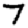
Digit: 7